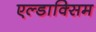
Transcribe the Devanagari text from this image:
एल्डाक्सिम